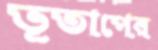
ভূতাপের